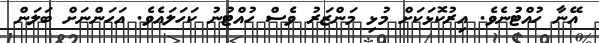
އޭނާ ހުއްޓުނެވެ. އިރުކޮޅަކަށް މުޅި މަންޒަރު ވެސް ހުއްޓުނު ކަހަލައެވެ. އަހަންނަށް ބަލަން